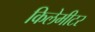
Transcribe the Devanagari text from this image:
किलेमीटर